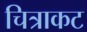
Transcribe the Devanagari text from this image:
चित्राकट